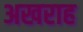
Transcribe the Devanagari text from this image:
अखराह